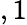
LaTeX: ,1